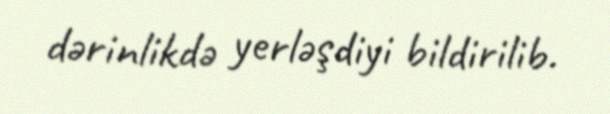
dərinlikdə yerləşdiyi bildirilib.